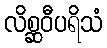
လိစ္ဆဝီပရိသံ